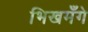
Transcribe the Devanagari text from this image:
भिखमँगे